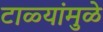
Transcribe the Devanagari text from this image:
टाळ्यांमुळे